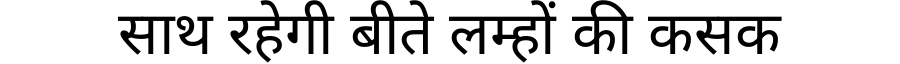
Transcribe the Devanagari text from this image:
साथ रहेगी बीते लम्हों की कसक